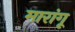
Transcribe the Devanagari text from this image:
मारांगू